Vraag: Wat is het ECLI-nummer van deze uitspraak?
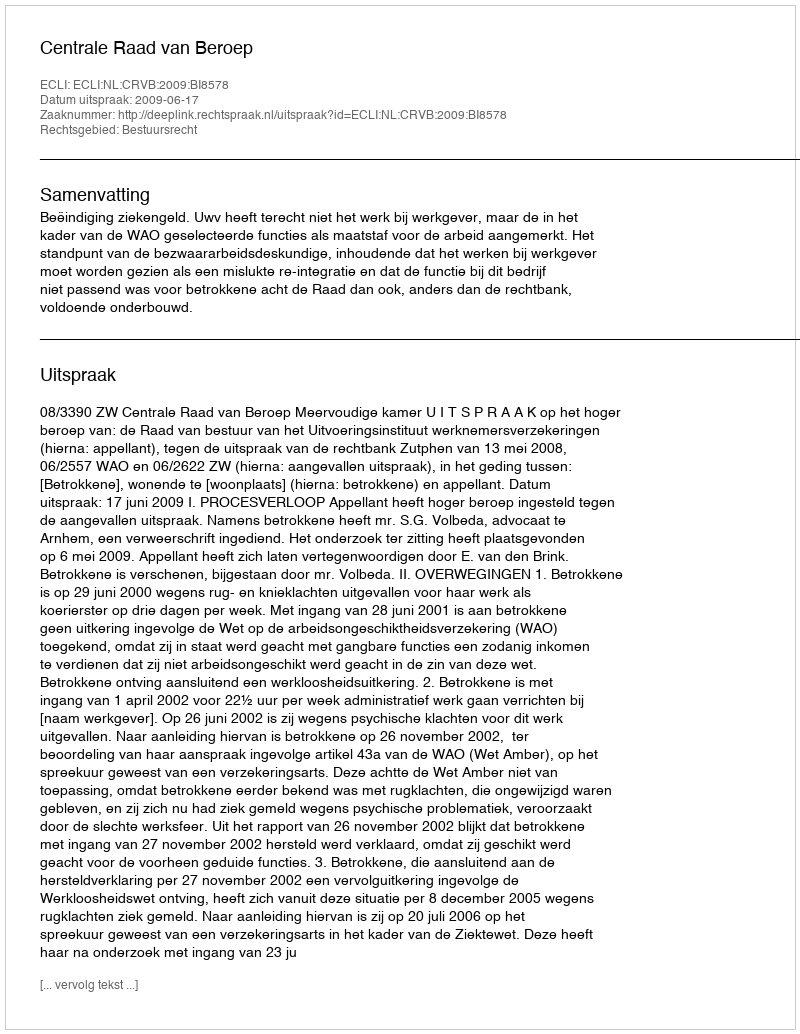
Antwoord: ECLI:NL:CRVB:2009:BI8578